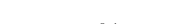
٨٦